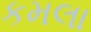
કમલા